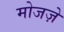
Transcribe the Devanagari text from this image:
मोजज़े